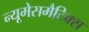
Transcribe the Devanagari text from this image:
न्यूमेसमैटिक्स